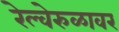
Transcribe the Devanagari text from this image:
रेल्वेरुळावर